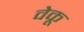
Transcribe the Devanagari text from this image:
वेकू